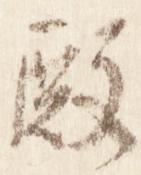
殿